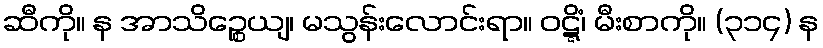
ဆီကို။ န အာသိဉ္စေယျ၊ မသွန်းလောင်းရာ။ ဝဋ္ဋိံ၊ မီးစာကို။ (၃၁၄) န